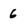
Character: 6